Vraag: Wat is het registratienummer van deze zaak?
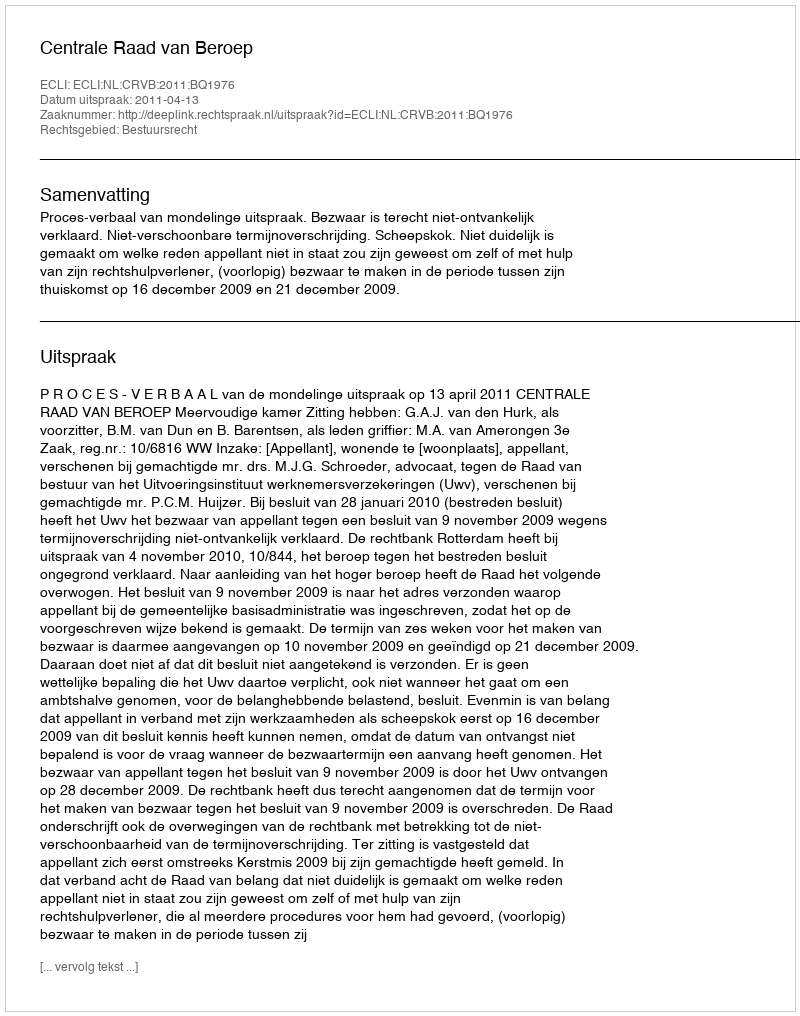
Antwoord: http://deeplink.rechtspraak.nl/uitspraak?id=ECLI:NL:CRVB:2011:BQ1976